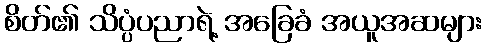
စိတ်၏ သိပ္ပံပညာရဲ့ အခြေခံ အယူအဆများ